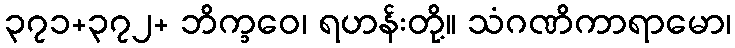
၃၇၁+၃၇၂+ ဘိက္ခဝေ၊ ရဟန်းတို့။ သံဂဏိကာရာမော၊